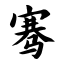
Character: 骞